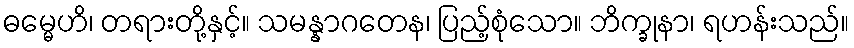
ဓမ္မေဟိ၊ တရားတို့နှင့်။ သမန္နာဂတေန၊ ပြည့်စုံသော။ ဘိက္ခုနာ၊ ရဟန်းသည်။